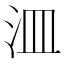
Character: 㳑